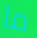
ما